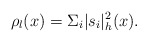
\begin{align*}\rho_l(x)=\Sigma_i |s_i|^2_h(x).\end{align*}